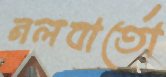
নলবার্তো